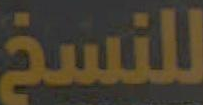
للنسخ